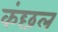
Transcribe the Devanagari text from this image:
कंछल